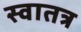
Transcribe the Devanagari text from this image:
स्वातत्र